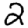
Digit: 2